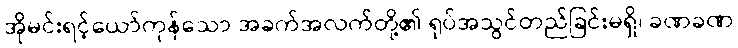
အိုမင်းရင့်ယော်ကုန်သော အခက်အလက်တို့၏ ရုပ်အသွင်တည်ခြင်းမရှိ၊ ခဏခဏ